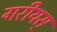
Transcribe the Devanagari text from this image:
गरीयस्‌